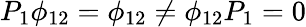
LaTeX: P_{1}\phi_{12}=\phi_{12}\neq\phi_{12}P_{1}=0